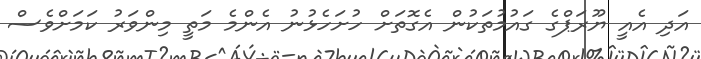
އަދި އެއީ ޔޫރަޕްގެ ގައުމުތަކުން އެގޮތަށް ހުށަހެޅުނު އެންމެ މަތީ މިންވަރު ކަމަށްވެސް